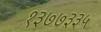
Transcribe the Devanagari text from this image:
१३७७३३५